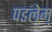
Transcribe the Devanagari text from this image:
पडलेम्